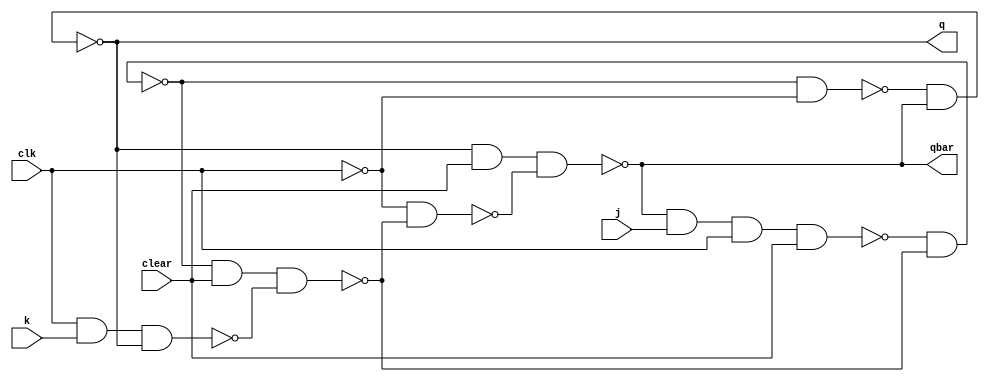

/*
module jk(input j,input k, input clr,input clk,output q,output qbar);
  wire a,b,y,ybar,c,d,cbar;
  assign  cbar =~clk,
          a=~(j&qbar&clk&clr),
          b=~(k&q&clk),
          y=~(a&ybar),
          ybar=~(clr&b&y),
          c=~(y&cbar),
          d=~(ybar&cbar),
          q=~(c&qbar),
          qbar=~(d&clr&q);
endmodule
*/


module jk(j, k, clear, clk, q, qbar);
  
  input j, k, clear, clk;
  output q, qbar;
  wire a, b, d, y, ybar, cbar, e;
  nand(a, qbar, j, clk, clear);
  nand(b, clk, k, q);
  nand(y, a, ybar);
  nand(ybar, y, clear, b);
  not(cbar, clk);
  nand(e, y, cbar);
  nand(d, cbar, ybar);
  nand(q, e, qbar);
  nand(qbar, q, clear, d);

endmodule